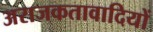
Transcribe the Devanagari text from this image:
अराजकतावादियों